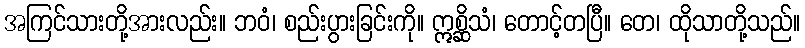
အကြင်သားတို့အားလည်း။ ဘဝံ၊ စည်းပွားခြင်းကို။ ဣစ္ဆိသံ၊ တောင့်တပြီ။ တေ၊ ထိုသာတို့သည်။